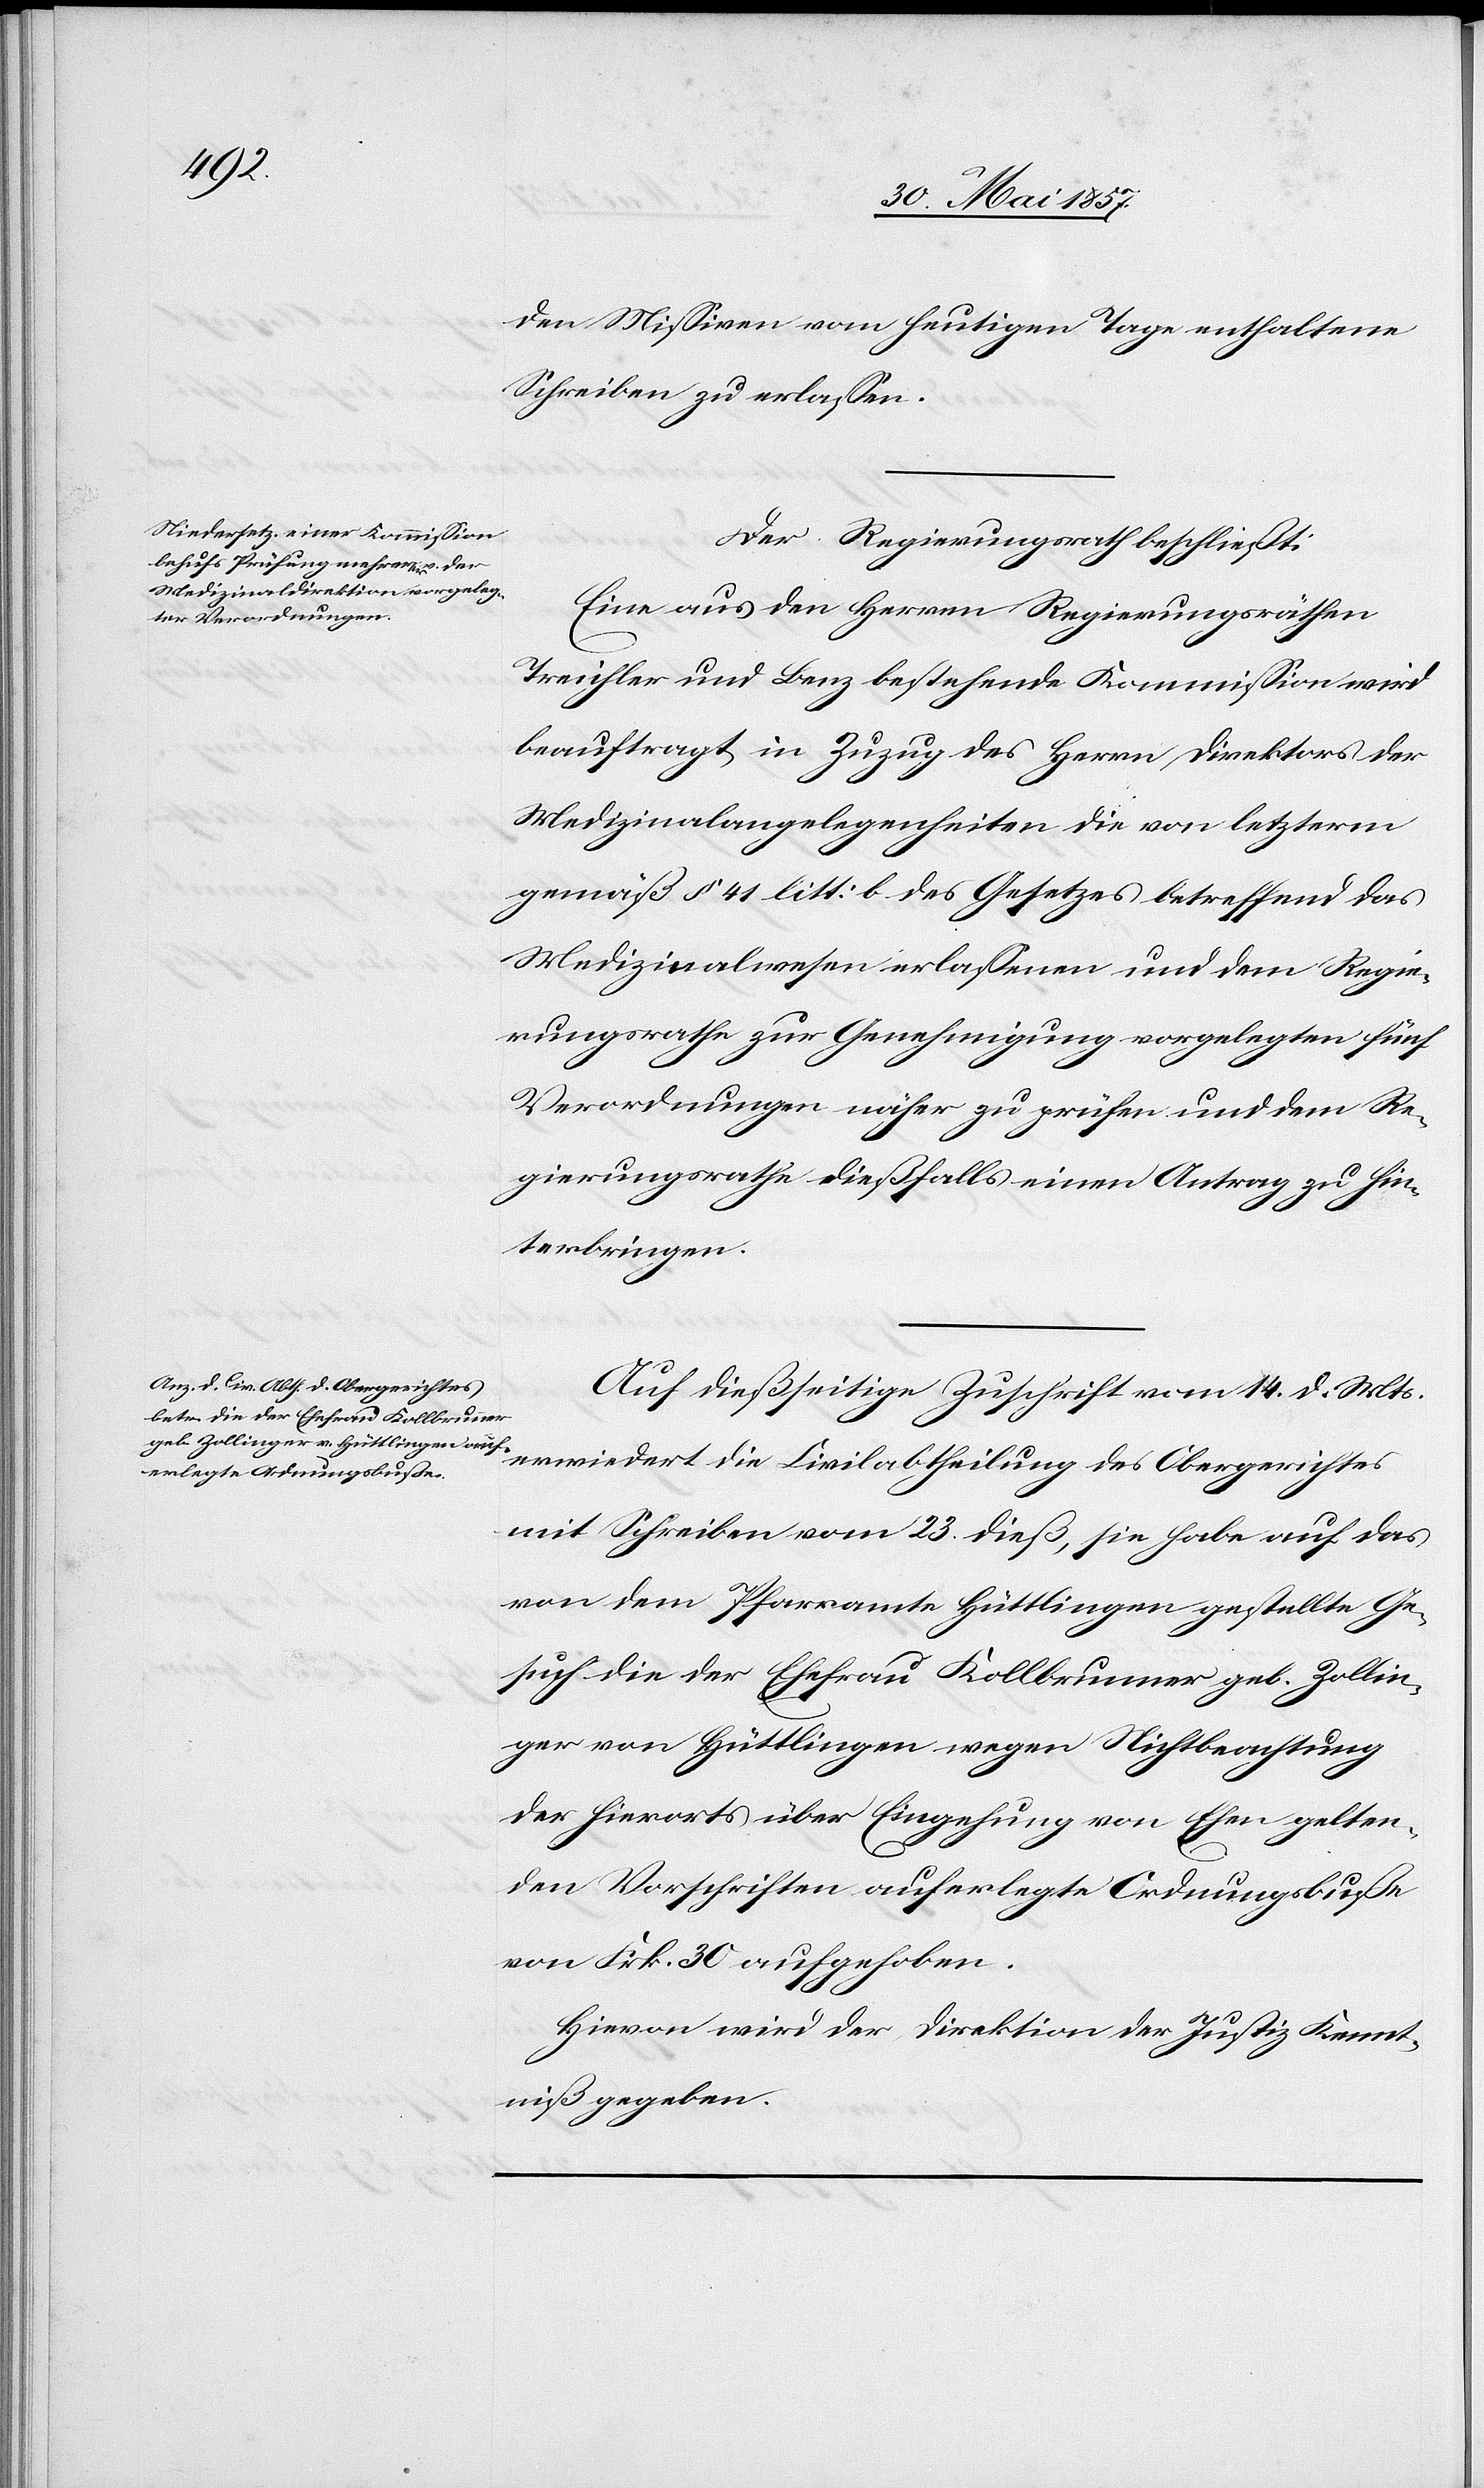
den Missiven vom heutigen Tage enthaltene
Schreiben zu erlassen.
Der Regierungsrath beschließt:
Eine aus den Herren Regierungsräthen
Treichler und Benz bestehende Kommission wird
beauftragt in Zuzug des Herrn Direktors der
Medizinalangelegenheiten die von letzterm
gemäß § 41 litt: b des Gesetzes betreffend das
Medizinalwesen erlassenen und dem Regie¬
rungsrathe zur Genehmigung vorgelegten fünf
Verordnungen näher zu prüfen und dem Re¬
gierungsrathe dießfalls einen Antrag zu hin¬
terbringen
Auf dießseitige Zuschrift vom 14 d. Mts.
erwiedert die Civilabtheilung des Obergerichtes
mit Schreiben vom 23 dieß, sie habe auf das
von dem Pfarramte Hüttlingen gestellte Ge¬
such die der Ehefrau Kollbrunner geb. Zollin¬
ger von Hüttlingen wegen Nichtbeachtung
der hierorts über Eingehung von Ehen gelten¬
den Vorschriften auferlegte Ordnungsbusse
von Frk. 30 aufgehoben.
Hievon wird der Direktion der Justiz Kennt¬
niß gegeben.